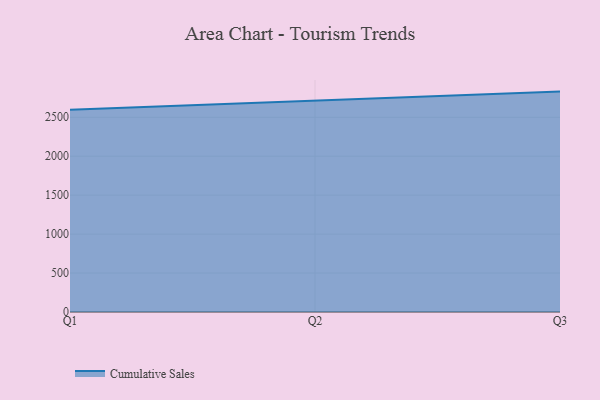
{"axis": {"x": "Quarter", "y": "LTV (USD)"}, "legend": ["Cumulative Sales"], "data": [{"x": "Q1", "y": 2596.7, "type": "Cumulative Sales"}, {"x": "Q2", "y": 2717.3, "type": "Cumulative Sales"}, {"x": "Q3", "y": 2829.7, "type": "Cumulative Sales"}]}